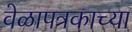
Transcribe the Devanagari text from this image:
वेळापत्रकाच्या